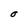
Character: O